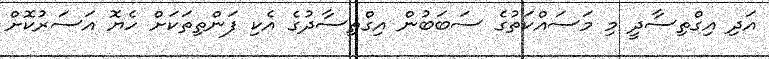
އަދި އިގްތިސާދީ މި މަސައްކަތުގެ ސަބަބުން އިގްތިސާދުގެ އެކި ފަންތިތަކަށް ހެޔޮ އަސަރުކޮށް